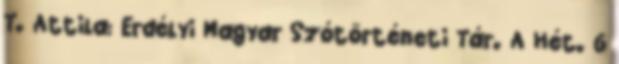
T. Attila: Erdélyi Magyar Szótörténeti Tár. A Hét. 6